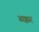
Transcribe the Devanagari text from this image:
ढक्कर